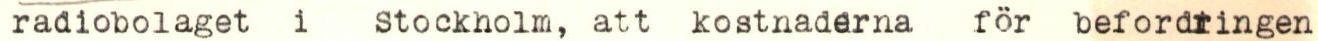
radiobolaget i Stockholm, att kostnaderna för befordringen